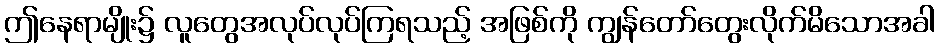
ဤနေရာမျိုး၌ လူတွေအလုပ်လုပ်ကြရသည့် အဖြစ်ကို ကျွန်တော်တွေးလိုက်မိသောအခါ